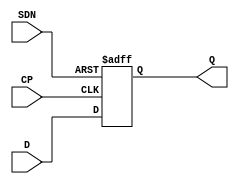
// SPDX-License-Identifier: Apache-2.0
// Copyright (C) 2019 Intel Corporation. 
module aibcr3_ff_p ( 
	input wire CP,
	input wire SDN,
	input wire D,
	output reg Q
);

always@(posedge CP or negedge SDN) begin
	if (!SDN) begin
		Q <= 1'b1;
	end
	else begin
		Q <= D;
	end
end
endmodule